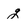
Character: g